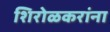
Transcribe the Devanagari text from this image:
शिरोळकरांना